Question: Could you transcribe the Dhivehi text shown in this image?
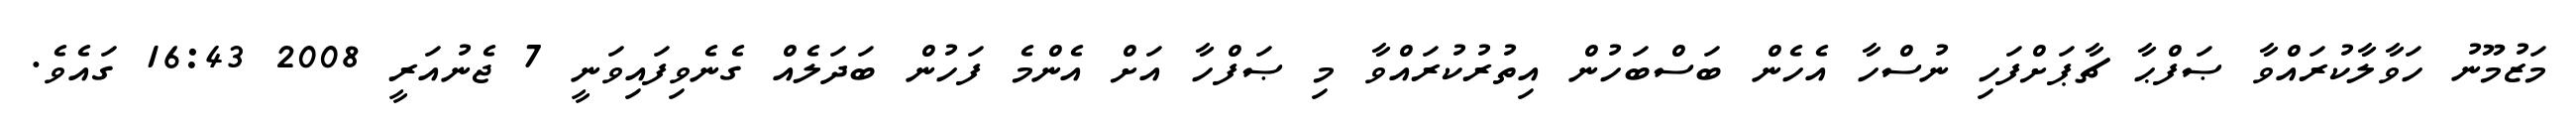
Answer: މަޒުމޫނު ހަވާލާކުރައްވާ ޞަފްޙާ ޗާޕަށްފަހި ނުސްހާ އެހެން ބަސްބަހުން އިތުރުކުރައްވާ މި ޞަފްހާ އަށް އެންމެ ފަހުން ބަދަލެއް ގެނެވިފައިވަނީ 7 ޖެނުއަރީ 2008 16:43 ގައެވެ.